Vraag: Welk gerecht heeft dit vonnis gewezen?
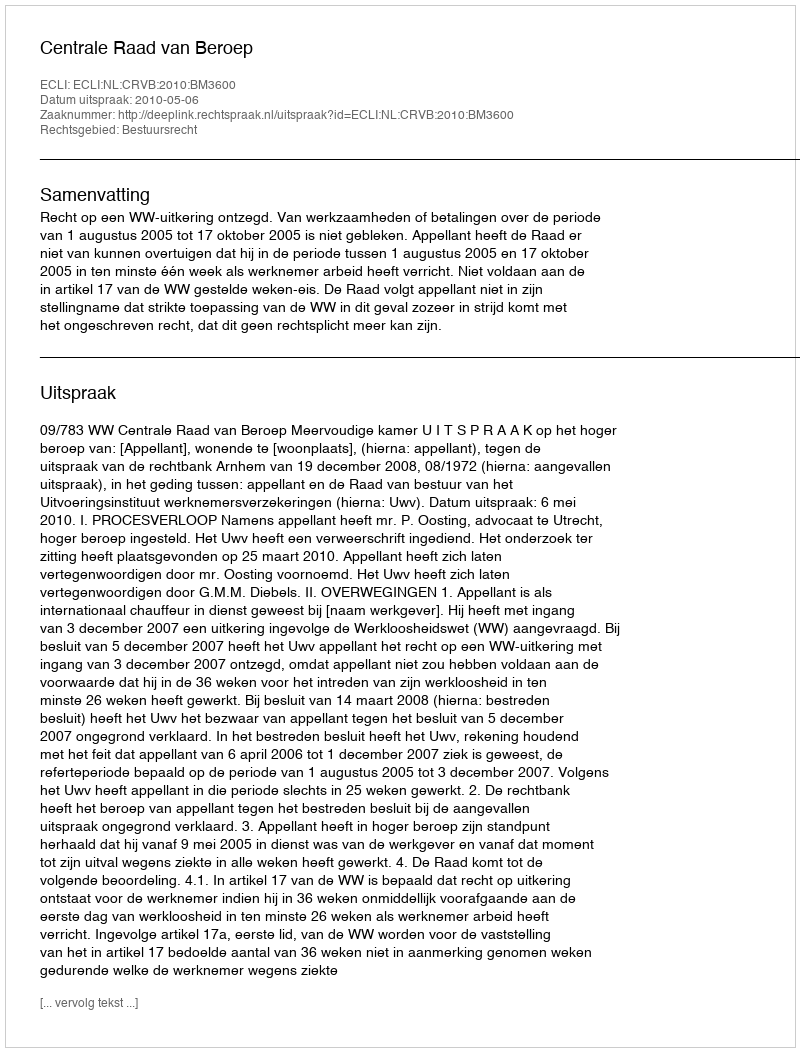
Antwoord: Centrale Raad van Beroep